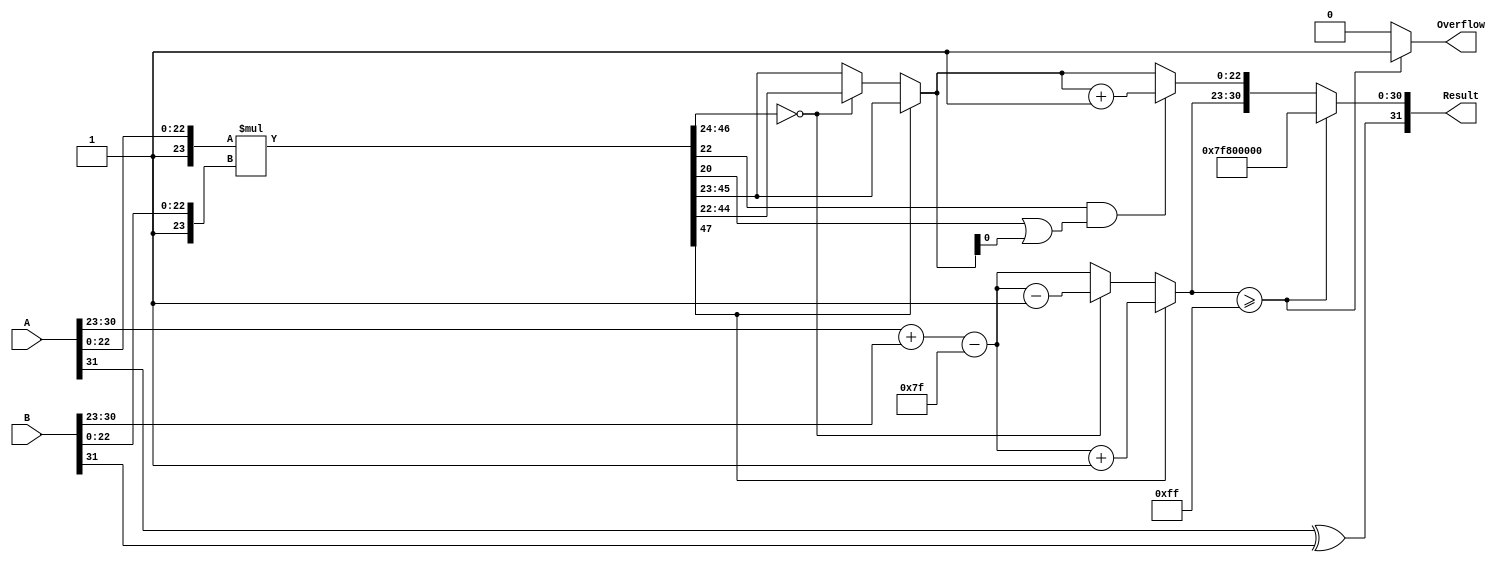
module floating_point_multiplier (
    input  wire [31:0] A,          // First floating-point number
    input  wire [31:0] B,          // Second floating-point number
    output reg  [31:0] Result,      // Result of multiplication
    output reg         Overflow      // Overflow flag
);

    // Constants
    localparam BIAS = 8'd127;
    localparam EXPONENT_BITS = 8;
    localparam MANTISSA_BITS = 23;
    localparam TOTAL_BITS = 32;

    // Internal signals
    wire [7:0] expA, expB;         // Exponents
    wire [23:0] mantA, mantB;      // Mantissas with implicit leading 1
    wire [47:0] mantProduct;        // Product of mantissas
    reg [7:0] expResult;            // Result exponent
    reg [24:0] mantResult;          // Result mantissa (24 bits for normalization)
    reg [7:0] adjustedExp;          // Adjusted exponent after normalization
    reg [47:0] mantProductShifted;  // Shifted mantissa for normalization
    reg [1:0] roundBit;             // Rounding bits

    // Extracting sign, exponent, and mantissa
    wire signA = A[31];
    wire signB = B[31];
    assign expA = A[30:23];
    assign expB = B[30:23];
    assign mantA = {1'b1, A[22:0]}; // Implicit leading 1
    assign mantB = {1'b1, B[22:0]}; // Implicit leading 1

    // Multiplying mantissas
    assign mantProduct = mantA * mantB;

    // Calculating the result exponent
    always @(*) begin
        expResult = expA + expB - BIAS; // Add exponents and subtract bias
        mantResult = mantProduct[47:24]; // Take the upper 24 bits of the product
        adjustedExp = expResult;

        // Normalization
        if (mantProduct[47]) begin
            // If the product has a leading 1 in the 25th bit, shift right
            mantResult = mantProduct[46:23]; // Shift right
            adjustedExp = expResult + 1;     // Increment exponent
        end else if (mantProduct[46:24] == 0) begin
            // If leading bit is less than expected, shift left
            mantResult = mantProduct[45:22]; // Shift left
            adjustedExp = expResult - 1;     // Decrement exponent
        end else begin
            mantResult = mantProduct[46:23]; // No shift needed
        end

        // Rounding logic
        roundBit = mantProduct[22:21]; // Get rounding bits
        if (roundBit[1] && (mantProduct[20] || mantResult[0])) begin
            mantResult = mantResult + 1; // Round up
        end

        // Overflow detection
        if (adjustedExp >= 8'd255) begin
            Overflow = 1'b1; // Set overflow flag
            Result = {signA ^ signB, 8'd255, 23'b0}; // Set result to infinity
        end else begin
            Overflow = 1'b0; // No overflow
            Result = {signA ^ signB, adjustedExp, mantResult[22:0]}; // Combine sign, exponent, and mantissa
        end
    end

endmodule